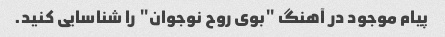
پیام موجود در آهنگ "بوی روح نوجوان" را شناسایی کنید.